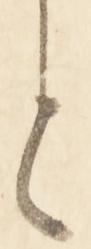
と